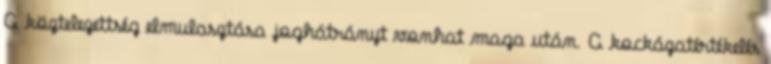
A köztelezettség elmulasztása joghátrányt vonhat maga után. A kockázatértékelés